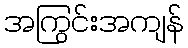
အကြွင်းအကျန်